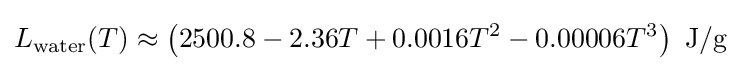
L_{\text{water}}(T)\approx \left(2500.8-2.36T+0.0016T^{2}-0.00006T^{3}\right)~{\text{J/g}}